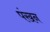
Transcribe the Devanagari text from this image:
पंखन